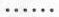
……